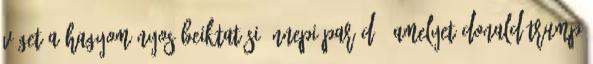
véget a hagyományos beiktatási ünnepi parádé, amelyet Donald Trump